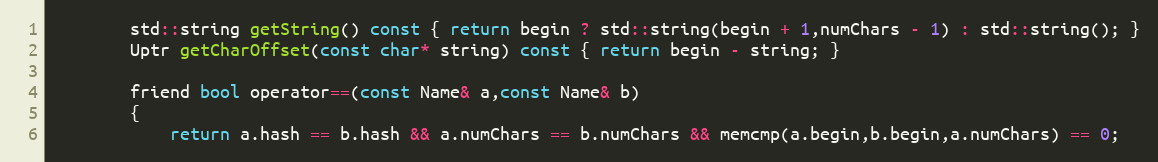
Language: C
		std::string getString() const { return begin ? std::string(begin + 1,numChars - 1) : std::string(); }
		Uptr getCharOffset(const char* string) const { return begin - string; }

		friend bool operator==(const Name& a,const Name& b)
		{
			return a.hash == b.hash && a.numChars == b.numChars && memcmp(a.begin,b.begin,a.numChars) == 0;